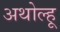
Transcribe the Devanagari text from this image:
अथोल्हू